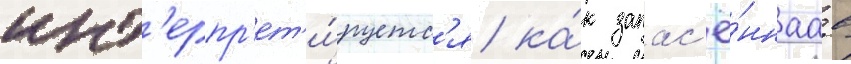
инт'ерпр'ет'и́руетс'я ка́к запас'ё́ннаа в